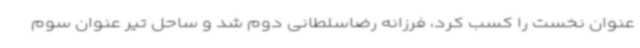
عنوان نخست را کسب کرد، فرزانه رضاسلطانی دوم شد و ساحل تیر عنوان سوم